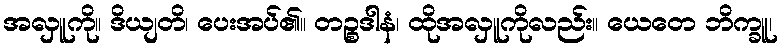
အလှူကို။ ဒိယျတိ၊ ပေးအပ်၏။ တဉ္စဒါနံ၊ ထိုအလှူကိုလည်း။ ယေတေ ဘိက္ခူ၊